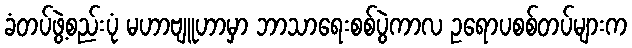
ခံတပ်ဖွဲ့စည်းပုံ မဟာဗျူဟာမှာ ဘာသာရေးစစ်ပွဲကာလ ဥရောပစစ်တပ်များက